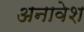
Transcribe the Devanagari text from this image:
अनावेश